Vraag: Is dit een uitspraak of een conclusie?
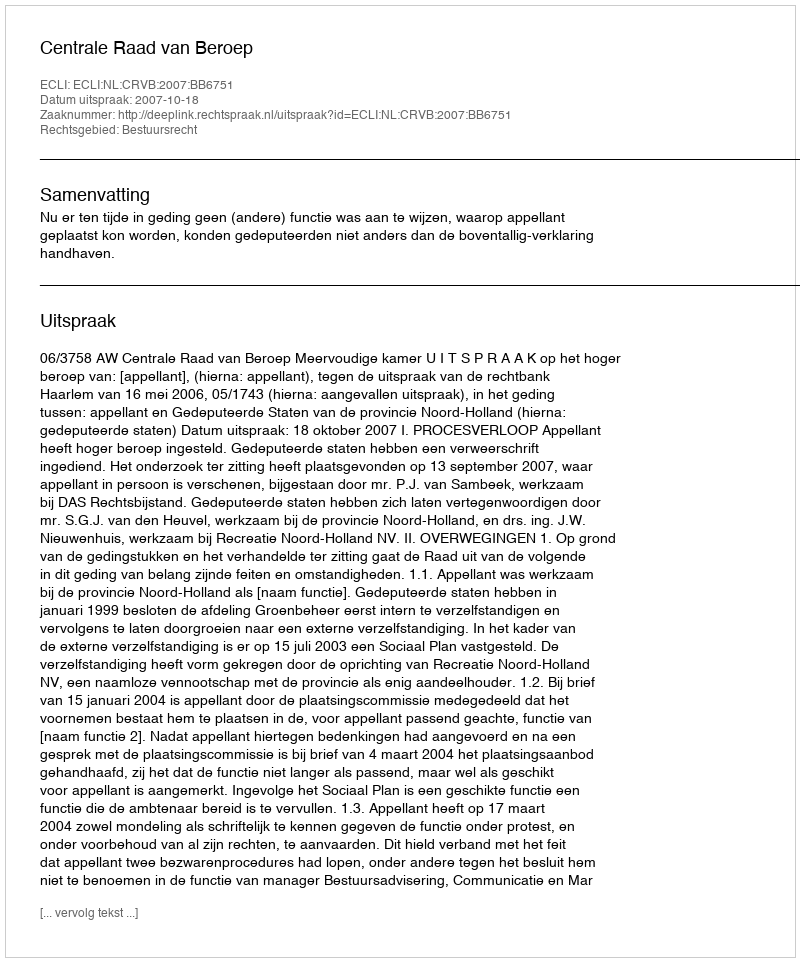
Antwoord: Uitspraak